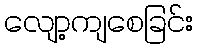
လျော့ကျစေခြင်း